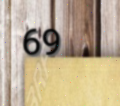
69